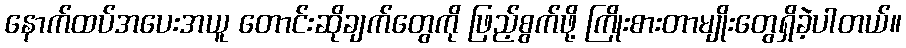
နောက်ထပ်အပေးအယူ တောင်းဆိုချက်တွေကို ဖြည့်စွက်ဖို့ ကြိုးစားတာမျိုးတွေရှိခဲ့ပါတယ်။